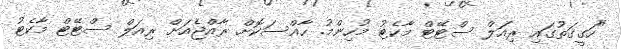
"ހަގީގަތުގައި ރިއަލް ސްޓޭޓް މާކެޓު މުހިންމު. ހާއްސަކޮށް ރާއްޖެއަށް ރިއަލް ސްޓޭޓް މާކެޓު